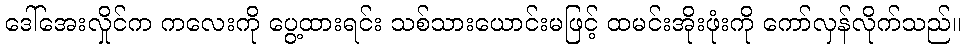
ဒေါ်အေးလှိုင်က ကလေးကို ပွေ့ထားရင်း သစ်သားယောင်းမဖြင့် ထမင်းအိုးဖုံးကို ကော်လှန်လိုက်သည်။